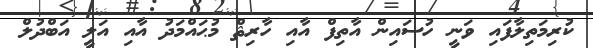
ކުރިމަތިލާފައި ވަނީ ހުސައިން އާތިފް އާއި ހާރިޘް މުޙައްމަދު އާއި އަލީ އަބްދުލް